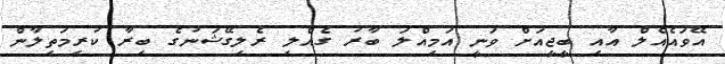
އޭވައެއެލް އާއި ބީޖީއަށް ވަނީ އަމިއްލަ ބާރު ގެއްލި ރެލިގޭޝަނުގެ ބިރާ ކުރިމަތިލާން